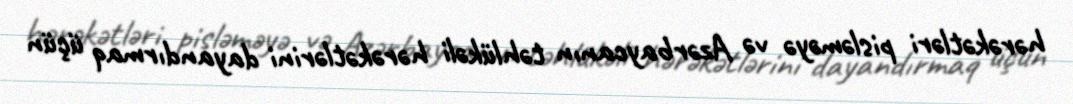
hərəkətləri pisləməyə və Azərbaycanın təhlükəli hərəkətlərini dayandırmaq üçün